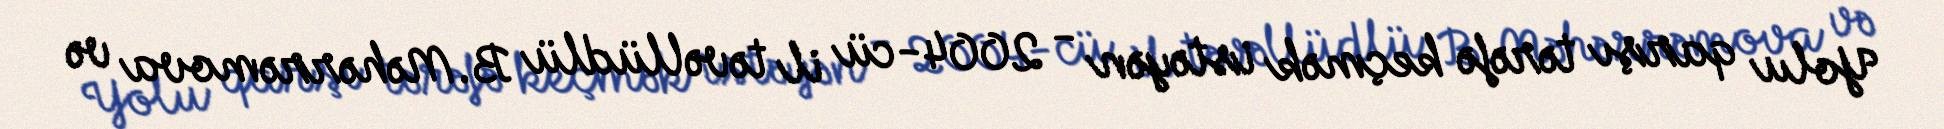
Yolu qarşı tərəfə keçmək istəyən - 2004-cü il təvəllüdlü B.Məhərrəmova və